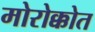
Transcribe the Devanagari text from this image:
मोरोक्कोत